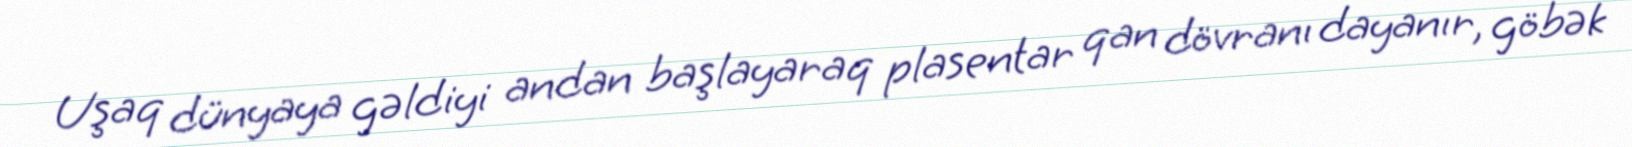
Uşaq dünyaya gəldiyi andan başlayaraq plasentar qan dövranı dayanır, göbək